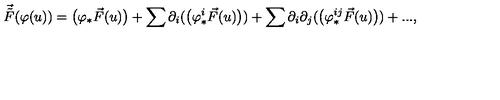
\vec { \tilde { F } } ( \varphi ( u ) ) = \big ( \varphi _ { * } \vec { F } ( u ) \big ) + \sum \partial _ { i } ( \big ( \varphi _ { * } ^ { i } \vec { F } ( u ) \big ) ) + \sum \partial _ { i } \partial _ { j } ( \big ( \varphi _ { * } ^ { i j } \vec { F } ( u ) \big ) ) + . . . ,